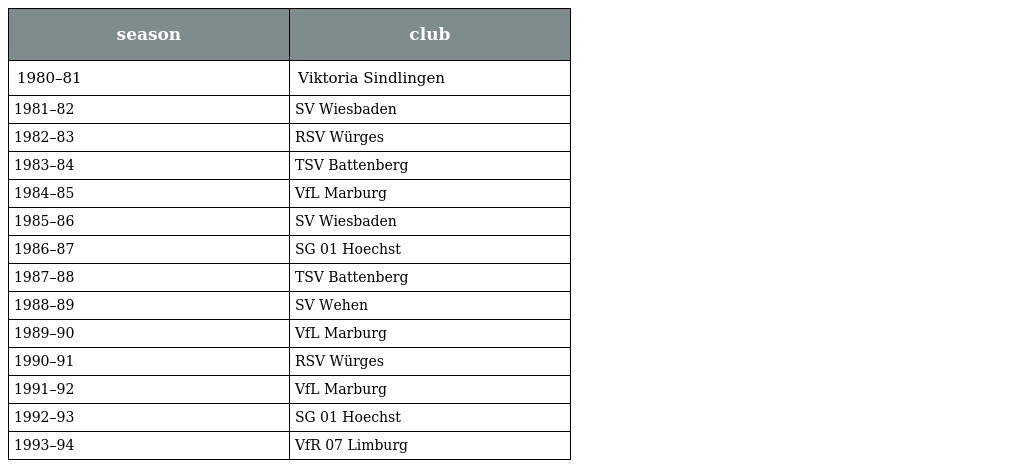
| season | club |
 | --- | --- |
 | 1980–81 | Viktoria Sindlingen |
 | 1981–82 | SV Wiesbaden |
 | 1982–83 | RSV Würges |
 | 1983–84 | TSV Battenberg |
 | 1984–85 | VfL Marburg |
 | 1985–86 | SV Wiesbaden |
 | 1986–87 | SG 01 Hoechst |
 | 1987–88 | TSV Battenberg |
 | 1988–89 | SV Wehen |
 | 1989–90 | VfL Marburg |
 | 1990–91 | RSV Würges |
 | 1991–92 | VfL Marburg |
 | 1992–93 | SG 01 Hoechst |
 | 1993–94 | VfR 07 Limburg |